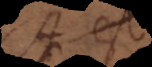
A est